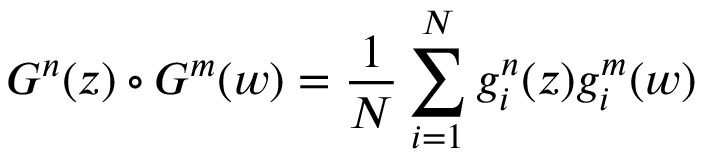
G ^ { n } ( z ) \circ G ^ { m } ( w ) = { \frac { 1 } { N } } \sum _ { i = 1 } ^ { N } g _ { i } ^ { n } ( z ) g _ { i } ^ { m } ( w )